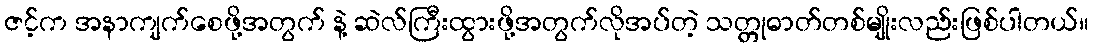
ဇင့်က အနာကျက်စေဖို့အတွက် နဲ့ ဆဲလ်ကြီးထွားဖို့အတွက်လိုအပ်တဲ့ သတ္တုဓာတ်တစ်မျိုးလည်းဖြစ်ပါတယ်။